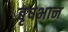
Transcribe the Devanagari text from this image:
बृषभान